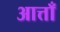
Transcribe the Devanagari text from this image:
आत्ताँ